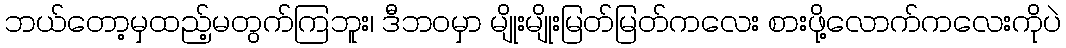
ဘယ်တော့မှထည့်မတွက်ကြဘူး၊ ဒီဘဝမှာ မျိုးမျိုးမြတ်မြတ်ကလေး စားဖို့လောက်ကလေးကိုပဲ